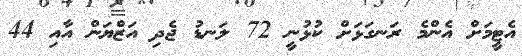
އެޓީމަށް އެންމެ ރަނގަޅަށް ކުޅުނީ 72 ލަނޑު ޖެދި އަޒްޔަން އާއި 44